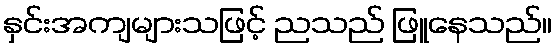
နှင်းအကျများသဖြင့် ညသည် ဖြူနေသည်။